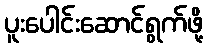
ပူးပေါင်းဆောင်ရွက်ဖို့